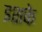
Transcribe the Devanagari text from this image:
इशके